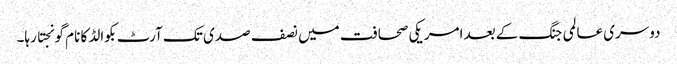
دوسری عالمی جنگ کے بعد امریکی صحافت میں نصف صدی تک آرٹ بکوالڈ کا نام گونجتا رہا۔